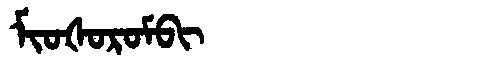
Manchu: ᠮᡳᠣᡧᠣᡵᠣᠮᠪᡳ
Romanization: MIOŠOROMBI